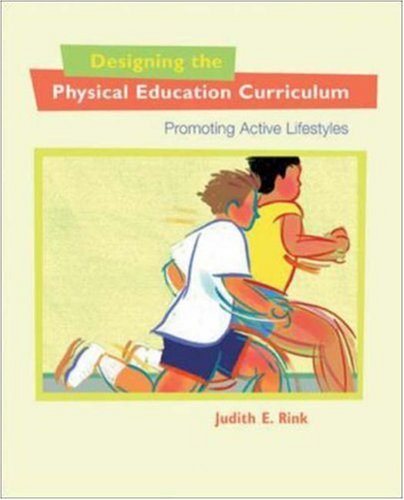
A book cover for Designing the Physical Education Curriculum: Promoting Active Lifestyles; Judith Rink; Health, Fitness & Dieting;